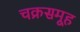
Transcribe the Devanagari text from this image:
चक्रसमूह